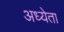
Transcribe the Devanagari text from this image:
अध्‍येता